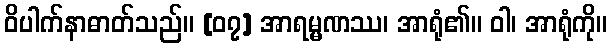
ဝိပါက်နာဓာတ်သည်။ [၀၇] အာရမ္မဏဿ၊ အာရုံ၏။ ဝါ၊ အာရုံကို။